Annual report of the Punjab Veterinary College and of the Civil Veterinary Department, Punjab - 1926-1932
Year: 1926
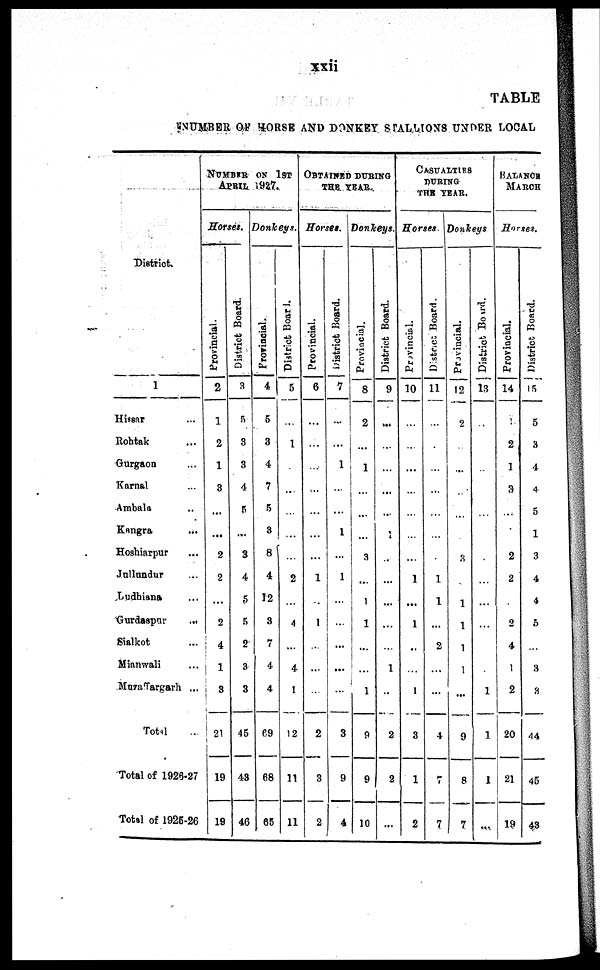
xxii
TABLE
NUMBER OF HORSE AND DONKEY STALLIONS UNDER LOCAL
District.
1
Hissar ...
Rohtak ....
Gurgaon...
Karnal ...
Ambala ...
Kangra ...
Hoshiarpur ...
Jullundur ...
Ludhiana ...
Gurdaspur
...
Sialkot ...
Mianwali ...
Muzaffargarh ...
Total ...
Total of 1926-27
Total of 1925-26
NUMBER ON 1ST
APRIL 1927.
Horses.
Provincial.
2
1
2
1
3
...
...
2
2
...
2
4
1
3
21
19
19
District Board.
3
5
3
3
4
5
...
3
4
5
5
2
3
3
45
48
46
Donkeys.
Provincial.
4
5
3
4
7
5
3
8
4
12
3
7
4
4
69
68
65
District Board.
5
...
1
...
...
...
...
2
...
4
...
4
1
12
11
11
OBTAINED DURING
THE YEAR.
Horses.
Provincial.
6
...
...
...
...
...
...
...
1
...
1
...
...
...
2
3
2
District Board.
7
...
...
1
...
...
1
...
1
...
...
...
...
...
3
9
4
Donkeys.
Provincial.
8
2
...
1
...
...
...
3
...
1
1
...
...
1
9
9
10
District Board.
9
...
...
...
...
...
1
...
...
...
...
...
1
...
2
2
...
CASUALTURS
DURING
THE YEAR.
Horses.
Provincial.
10
...
...
....
...
...
...
...
1
...
1
...
...
1
3
1
2
Districts Board.
11
...
...
...
...
...
...
...
1
1
...
2
...
...
4
7
7
Donkeys
Provincial.
12
2
...
...
...
...
...
3
1
1
1
1
...
9
8
7
District Board.
13
...
...
...
...
...
.
...
...
...
...
1
1
1
...
BALANCE
MARCH
Horses.
Provincial.
14
4
2
1
3
...
...
2
2
2
4
1
2
20
21
19
District Board.
15
5
3
4
4
5
1
3
4
4
6
...
3
3
44
45
48